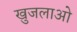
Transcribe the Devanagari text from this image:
खुजलाओ